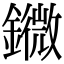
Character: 䥩